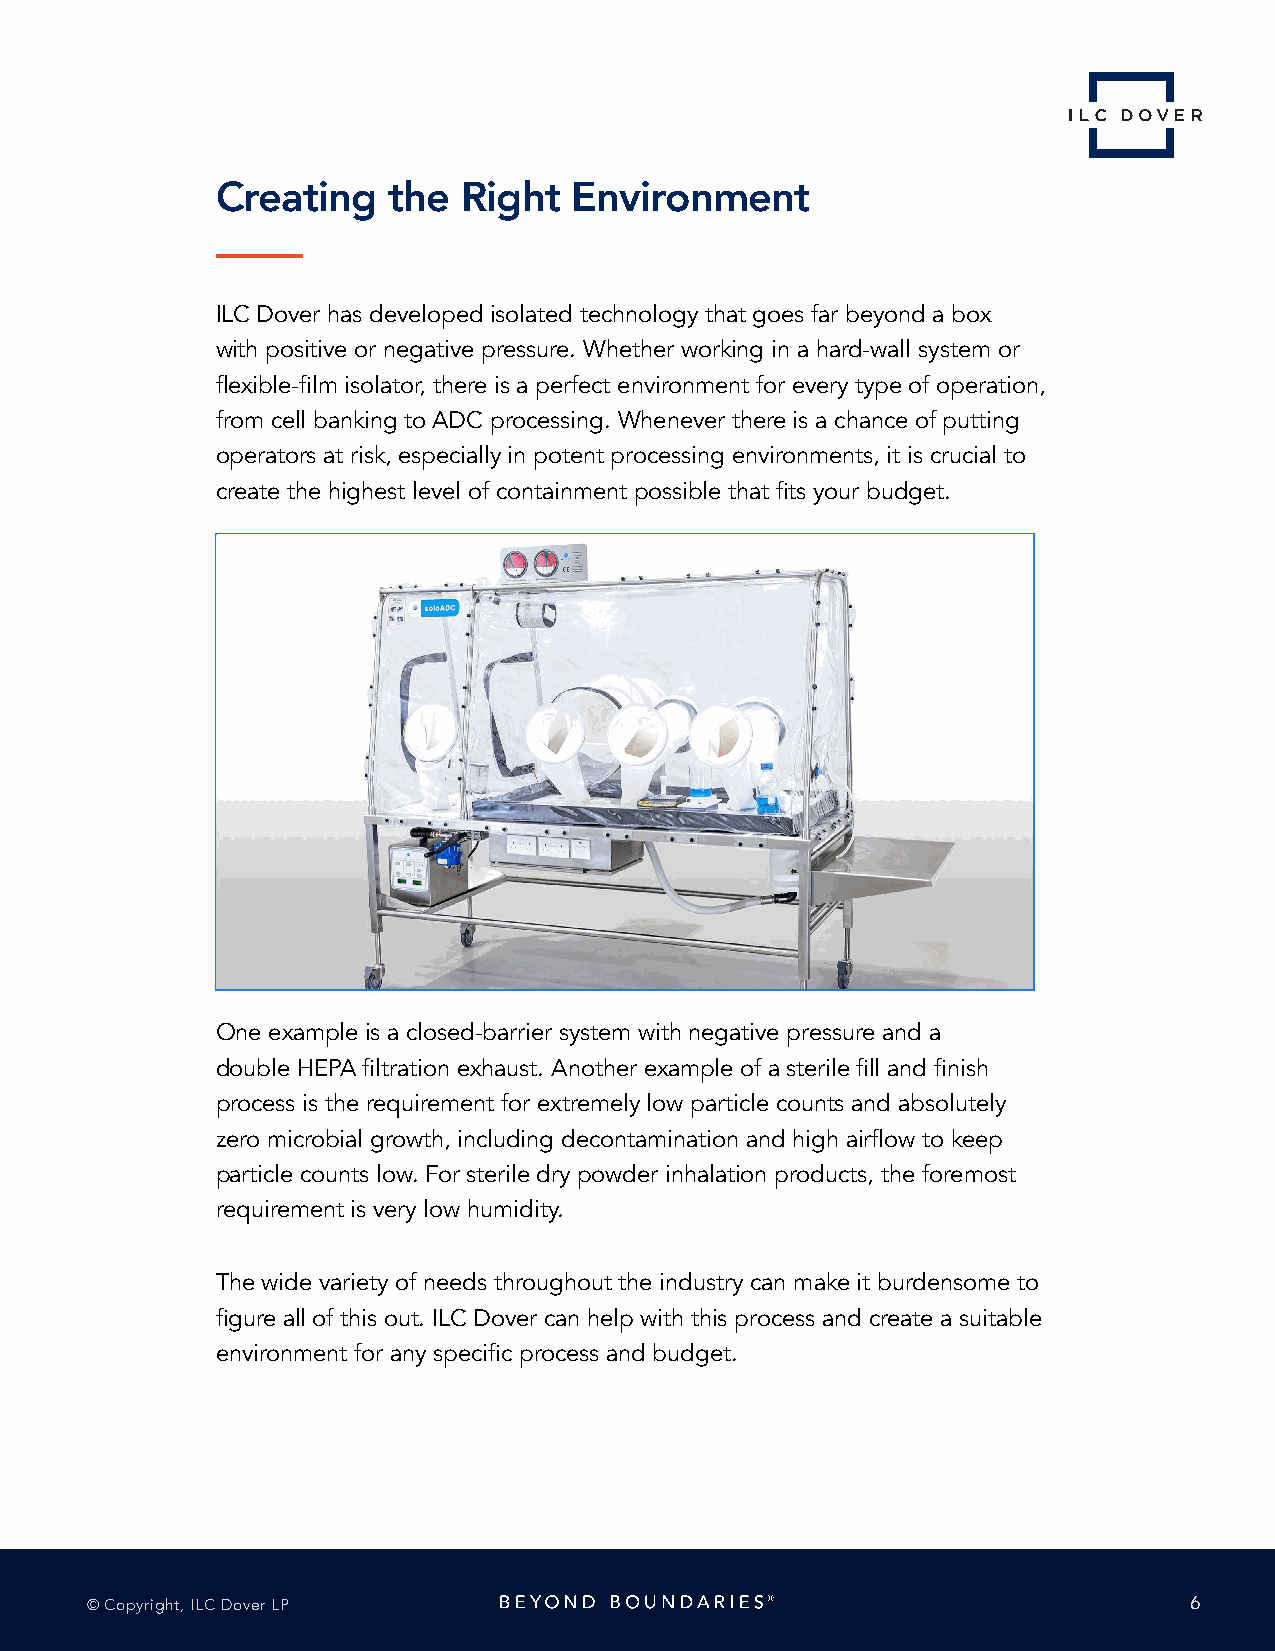
Creating    the  Right  Environment
 ILC Dover has developed isolated technology that goes far beyond a box
 with positive or negative pressure. Whether working in a hard-wall system or
 flexible-film isolator, there is a perfect environment for every type of operation,
 from cell banking to ADC processing. Whenever there is a chance of putting
 operators at risk, especially in potent processing environments, it is crucial to
 create the highest level of containment possible that fits your budget.
 One example is a closed-barrier system with negative pressure and a
 double HEPA filtration exhaust. Another example of a sterile fill and finish
 process is the requirement for extremely low particle counts and absolutely
 zero microbial growth, including decontamination and high airflow to keep
 particle counts low. For sterile dry powder inhalation products, the foremost
 requirement is very low humidity.
 The wide variety of needs throughout the industry can make it burdensome to
 figure all of this out. ILC Dover can help with this process and create a suitable
 environment for any specific process and budget.
 © Copyright, ILC Dover LP                                                6